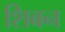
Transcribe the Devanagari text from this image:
शिबन